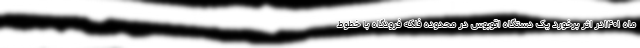
ماه ۱۴۰۱در اثر برخورد یک دستگاه اتوبوس در محدوده فلکه فرودگاه با خطوط